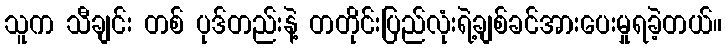
သူက သီချင်း တစ် ပုဒ်တည်းနဲ့ တတိုင်းပြည်လုံးရဲ့ချစ်ခင်အားပေးမှုရခဲ့တယ်။